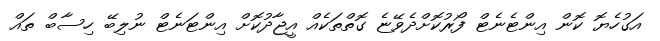
އަގުހެޔޮ ކޮން އިންޓެނެޓް ފޯރުކޮށްދެވޭޏެ ގޮތްތަކެއް އީޖާދުކޮށް އިންޓަނެޓް ނުލިބޭ ހިސާބް ތައް